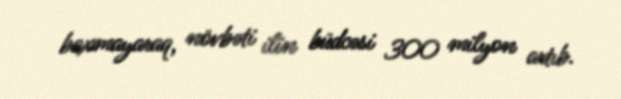
baxmayaraq, növbəti ilin büdcəsi 300 milyon artıb.